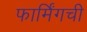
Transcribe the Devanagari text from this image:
फार्मिंगची